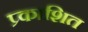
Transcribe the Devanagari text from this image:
प्र्काशित